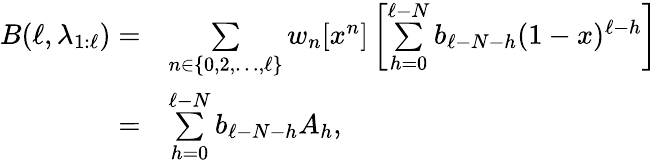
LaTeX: \begin{array}{rl}{B(\ell,\lambda_{1:\ell})=}&{\underset{n\in\{ 0,2,\ldots,\ell\} }{\sum}w_{n}[x^{n}]\left[\overset{\ell-N}{\underset{h=0}{\sum}}b_{\ell-N-h}(1-x)^{\ell-h}\right]}\\ {=}&{\overset{\ell-N}{\underset{h=0}{\sum}}b_{\ell-N-h}A_{h},}\end{array}